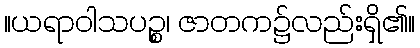
။ယရာဝါသပဉ္စ၊ ဇာတက၌လည်းရှိ၏။